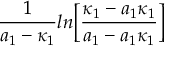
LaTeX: { \frac { 1 } { a _ { 1 } - \kappa _ { 1 } } } l n \biggl [ { \frac { \kappa _ { 1 } - a _ { 1 } \kappa _ { 1 } } { a _ { 1 } - a _ { 1 } \kappa _ { 1 } } } \biggr ]